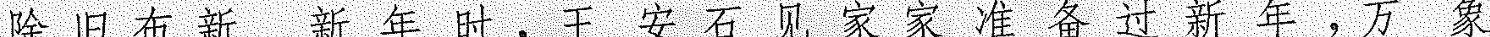
新年时，王安石见家家准备过新年，万象